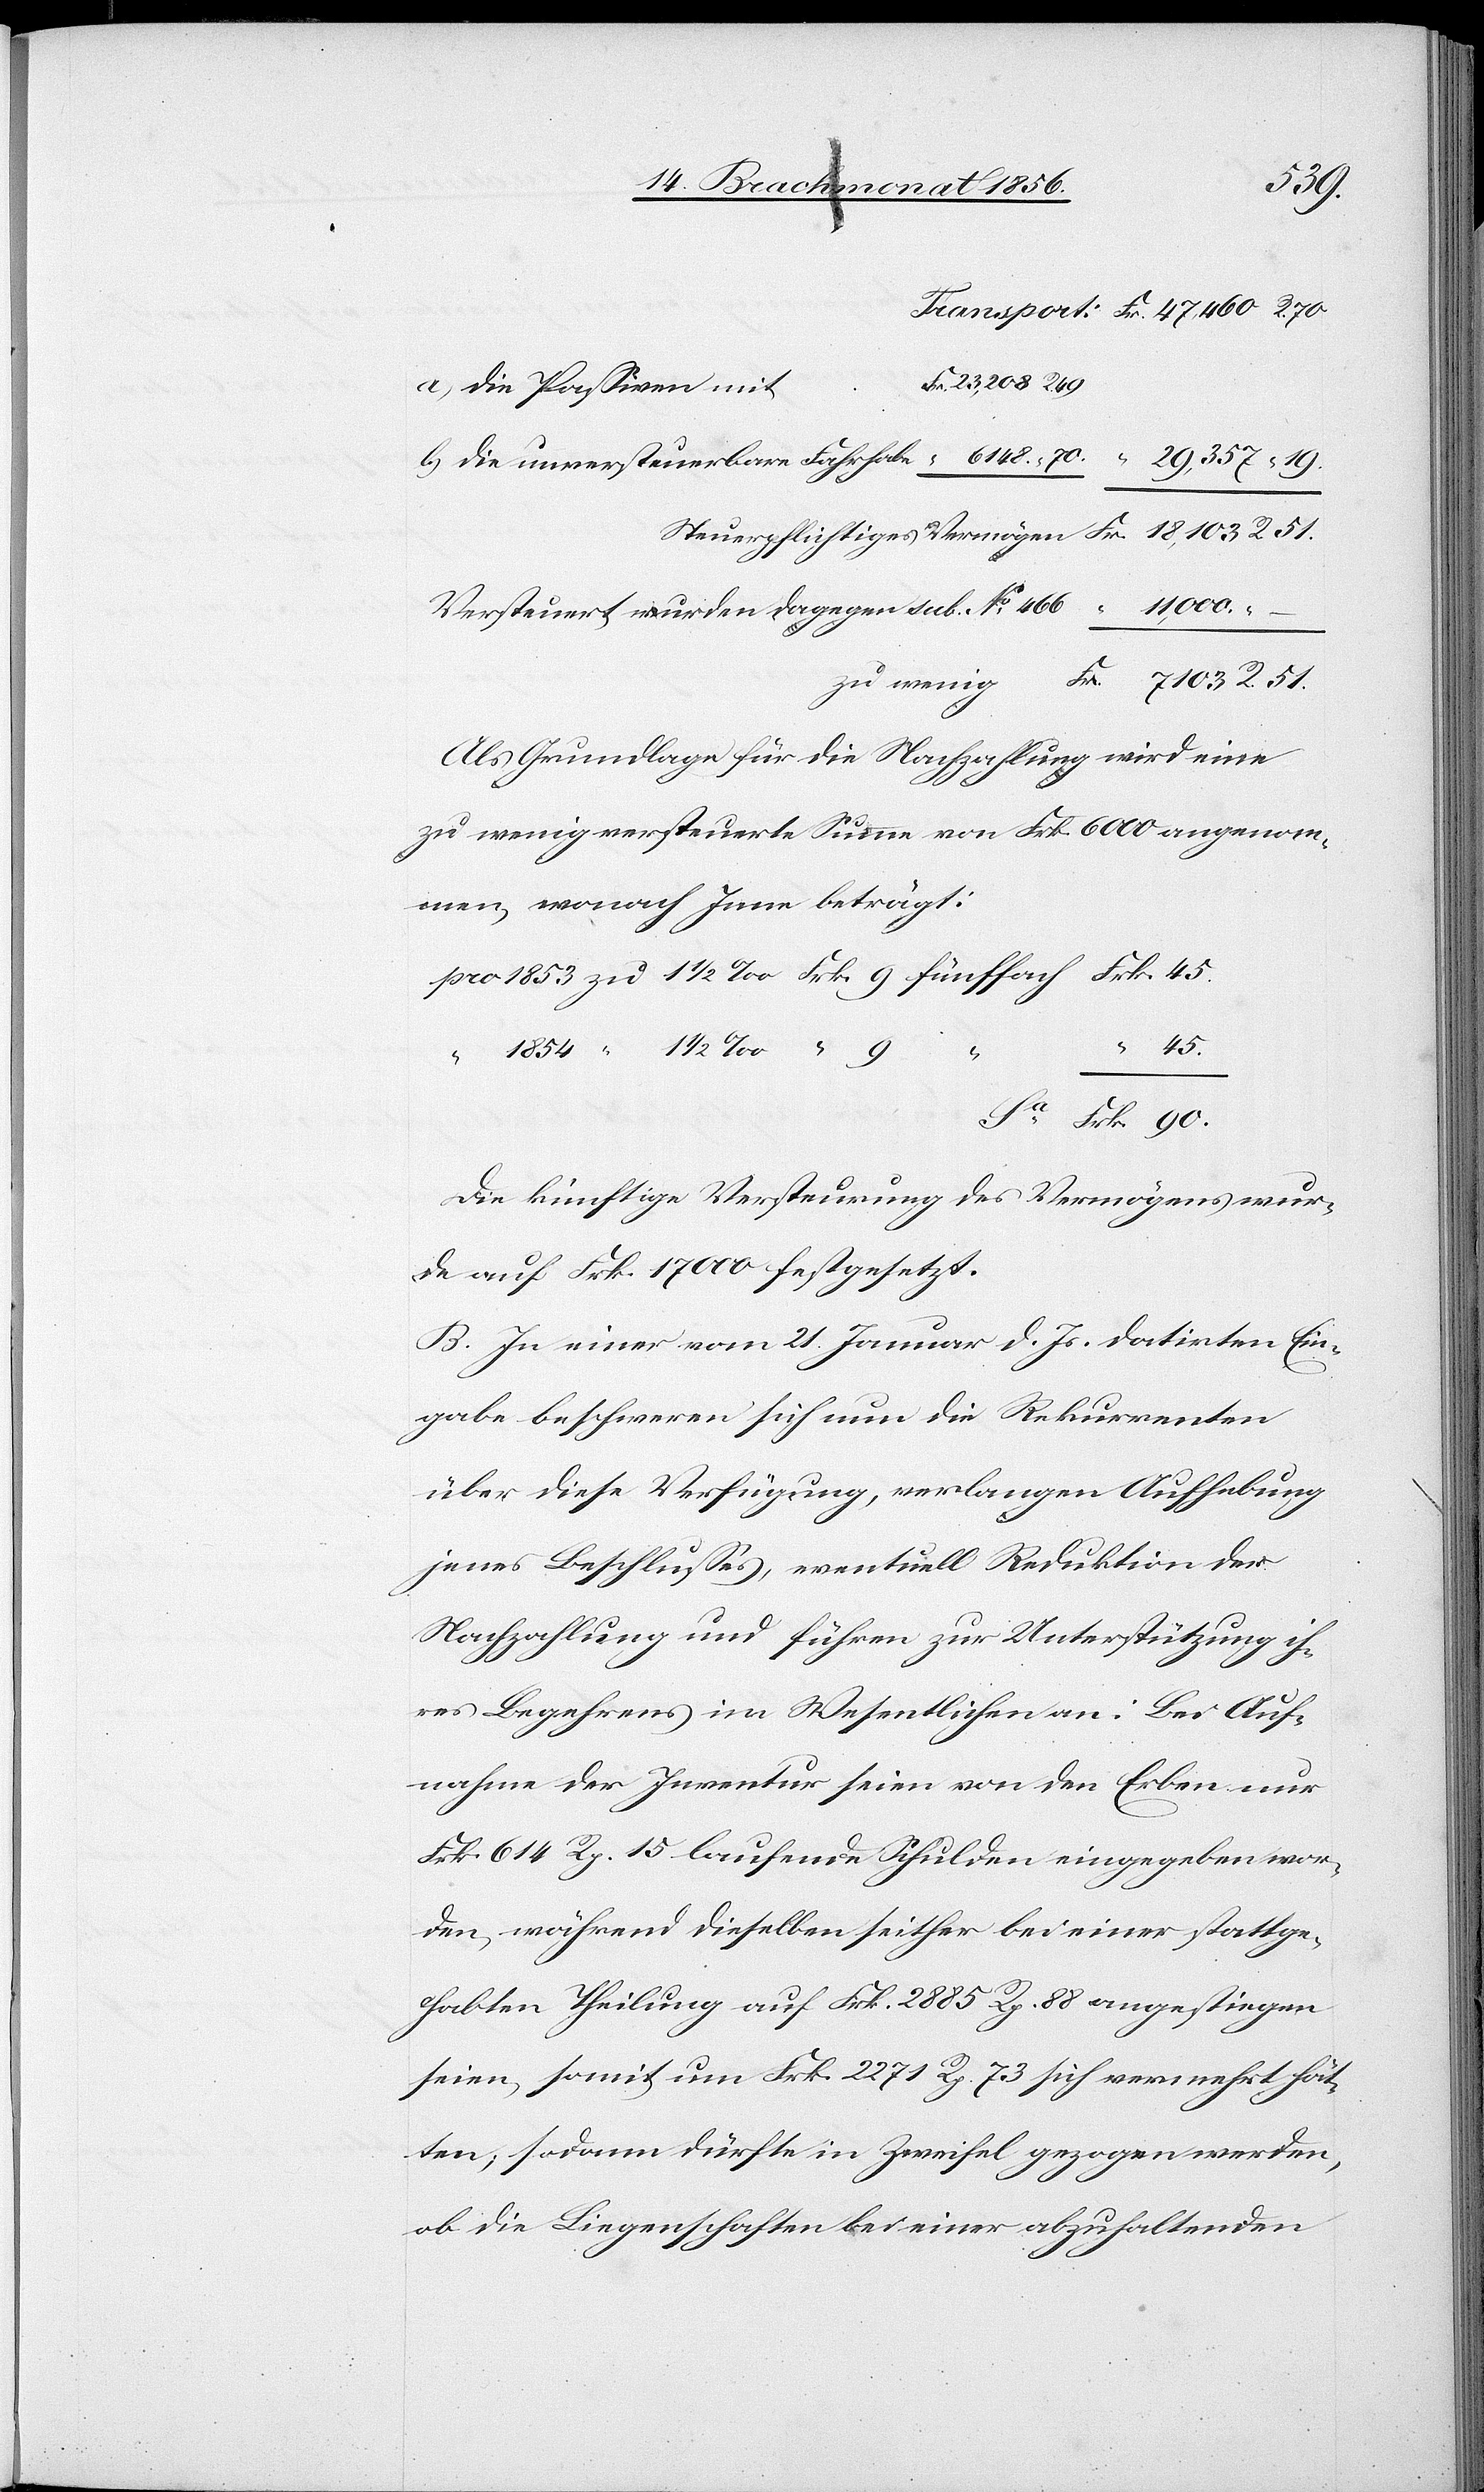
90.
Jene]
Versteuert wurden dagegen sub. No 466
Als Grundlage für die Nachzahlung wird eine
zu wenig versteuerte Summe von Frk. 6000 angenom¬
45.
Die künftige Versteurung des Vermögens wur¬
de auf Frk. 17000 festgesetzt.
B. In einer vom 21. Januar d. Js. datirten Ein¬
gabe beschweren sich nun die Rekurrenten
über diese Verfügung, verlangen Aufhebung
jenes Beschlusses, eventuell Reduktion der
Nachzahlung und führen zur Unterstützung ih¬
res Begehrens im Wesentlichen an: Bei Auf¬
nahme der Inventur seien von den Erben nur
Frk. 614 Rp. 15 laufende Schulden eingegeben wor¬
den, während dieselben seither bei einer stattge¬
habten Theilung auf Frk. 2885 Rp. 88 angestiegen
seien, somit um Frk. 2271 Rp. 73 sich vermehrt hät¬
ten; sodann dürfte in Zweifel gezogen werden,
ob die Liegenschaften bei einer abzuhaltenden